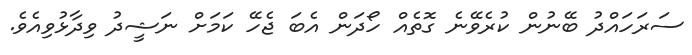
ސަރަހައްދު ބޭނުން ކުރެވޭނެ ގޮތެއް ހޯދަން އެބަ ޖެހޭ ކަމަށް ނަޝީދު ވިދާޅުވިއެވެ.